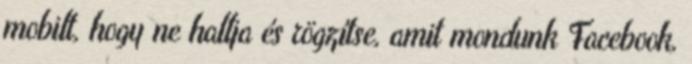
mobilt, hogy ne hallja és rögzítse, amit mondunk Facebook,